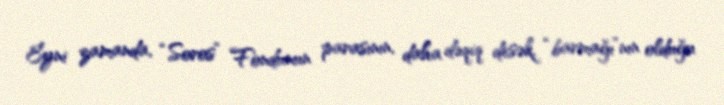
Eyni zamanda, “Soros” Fondunun parasının, daha dəqiq desək, “barmağı”nın olduğu